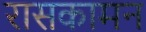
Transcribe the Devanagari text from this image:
रासकामन